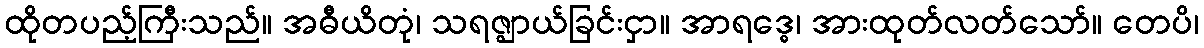
ထိုတပည့်ကြီးသည်။ အဓီယိတုံ၊ သရဇ္ဈာယ်ခြင်းငှာ။ အာရဒ္ဓေ၊ အားထုတ်လတ်သော်။ တေပိ၊